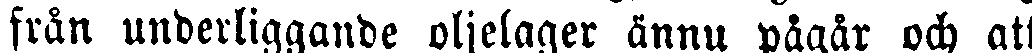
från underliggande oljelager ännu pågår och att